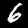
Label: 6